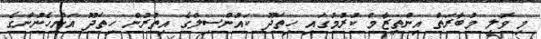
މި ވޮލީ މުބާރަތް އިންތިޒާމް ކުރުމުގައި ހިތަދޫ ކައުންސިލްގެ އިތުރުން ހިތަދޫ އަންހެނުންގެ